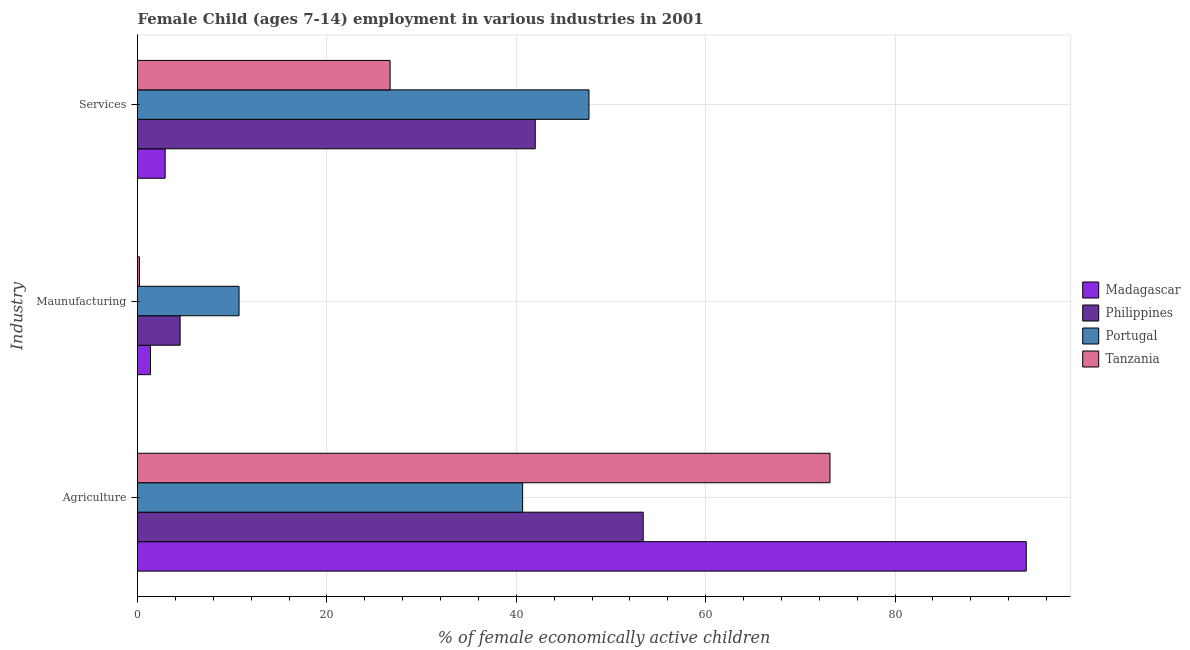
| Industry | Madagascar | Philippines | Portugal | Tanzania |
 | --- | --- | --- | --- | --- |
 | Agriculture | 93.8 | 53.4 | 40.7 | 73.1 |
 | Maunufacturing | 1.37 | 4.5 | 10.7 | 0.203 |
 | Services | 2.92 | 42 | 47.7 | 26.7 |